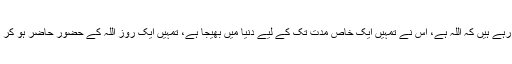
اس نے کیوں صرف اتنا کہنے پر اکتفا نہیں کیا کہ جب میں اور میرے نبی کہہ رہے ہیں کہ اللہ ہے، اس نے تمہیں ایک خاص مدت تک کے لیے دنیا میں بھیجا ہے، تمہیں ایک روز اللہ کے حضور حاضر ہو کر اپنے اعمال کا حساب دینا ہے تو بس اور کیا دلیل چاہتے ہو، سر تسلیم خم کر دو۔